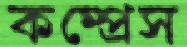
কম্প্রেস